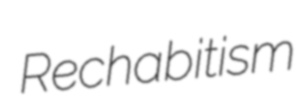
Rechabitism